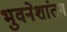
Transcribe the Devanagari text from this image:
भुवनेशांतग